Calcutta medical institutions reports 1879-81 [i.e.91]
Year: 1879
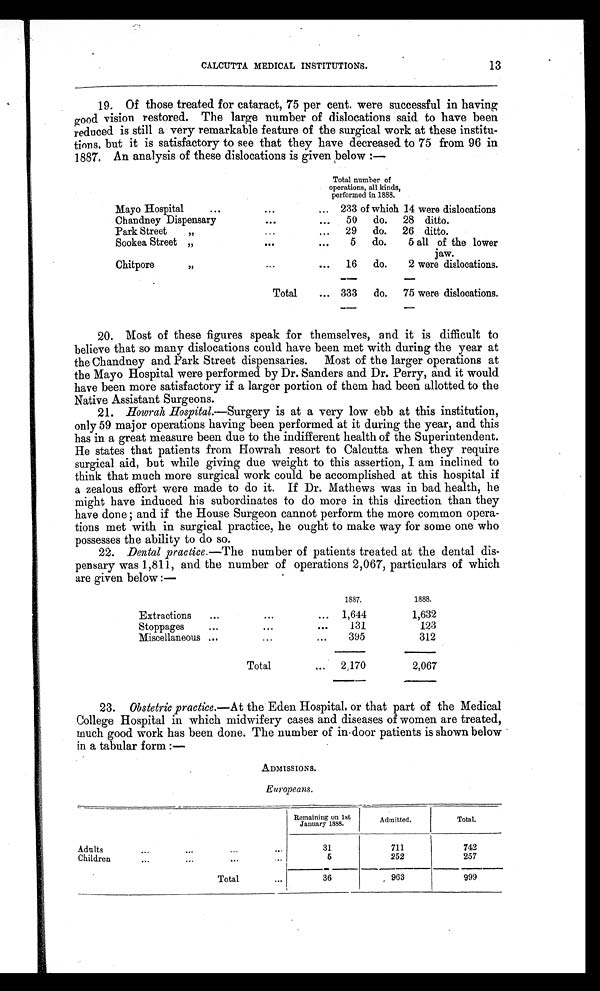
CALCUTTA MEDICAL INSTITUTIONS.
13
19. Of those treated for cataract, 75 per cent. were successful in having
good vision restored. The large number of dislocations said to have been
reduced is still a very remarkable feature of the surgical work at these institu
-tions, but it is satisfactory to see that they have decreased to 75 from 96 in
1887. An analysis of these dislocations is given below :—
Total number of
operations, all kinds,
performed in 1888.
Mayo Hospital
...
...
... 233 of which 14 were dislocations
Chandney Dispensary
...
... 50 do. 28 ditto.
Park Street
"...
. . 29 do. 26 ditto.
Sookea Street "
...
...
5 do.
5 all of the lower
jaw.
Chitpore
"
...
... 16 do.
2 were dislocations.
Total
... 333 do. 75 were dislocations.
20. Most of these figures speak for themselves, and it is difficult to
believe that so many dislocations could have been met with during the year at
the Chandney and Park Street dispensaries. Most of the larger operations at
the Mayo Hospital were performed by Dr. Sanders and Dr. Perry, and it would
have been more satisfactory if a larger portion of them had been allotted to the
Native Assistant Surgeons.
21.
Howrah Hospital. —Surgery is at a very low ebb at this institution,
only 59 major operations having been performed at it during the year, and this
has in a great measure been due to the indifferent health of the Superintendent.
He states that patients from Howrah resort to Calcutta when they require
surgical aid, but while giving due weight to this assertion, I am inclined to
think that much more surgical work could be accomplished at this hospital if
a zealous effort were made to do it. If Dr. Mathews was in bad health, he
might have induced his subordinates to do more in this direction than they
have done ; and if the House Surgeon cannot perform the more common opera
-tions met with in surgical practice, he ought to make way for some one who
possesses the ability to do so.
22.
Dental practice. —The number of patients treated at the dental dis
-pensary was 1,811, and the number of operations 2,067, particulars of which
are given. below :—
1887.
1888.
Extractions
...
...
... 1,644
1,632
Stoppages
...
...
...
131
123
Miscellaneous ... ...
...
395
312
Total
... 2,170
2,067
23.
Obstetric practice. —At the Eden Hospital, or that part of the Medical
College Hospital in which midwifery cases and diseases of women are treated,
much good work has been done. The number of in-door patients is shown below
in a tabular form :—
ADMISSIONS.
Europeans.
Remaining on 1st
January 1888.
Admitted.
Total.
Adults
...
...
...
31
711
742
Children ... ...
...
5
252
257
Total
...
36
963
999